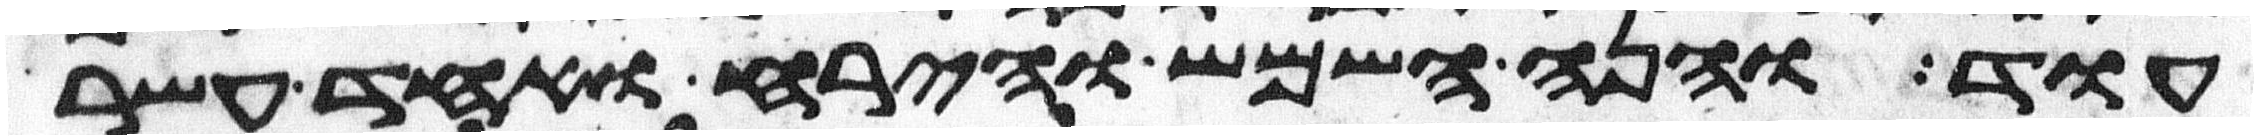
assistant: עוד והנה השמש והירח ואחד עשר